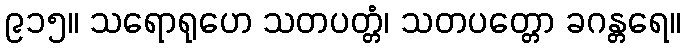
၉၁၅။ သရောရုဟေ သတပတ္တံ၊ သတပတ္တော ခဂန္တရေ။